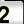
Digit: 2